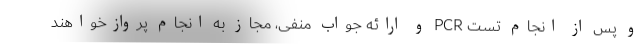
و پس از انجام تست PCR و ارائه جواب منفی، مجاز به انجام پروازخواهند